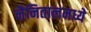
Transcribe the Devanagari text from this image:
नैनितालमध्ये